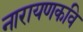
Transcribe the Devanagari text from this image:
नारायणकवि